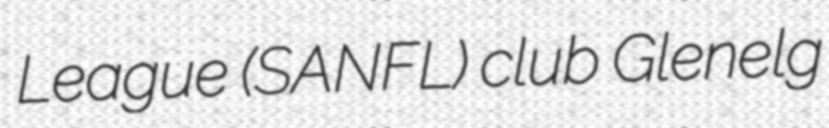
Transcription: League (SANFL) club Glenelg